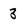
Character: 3